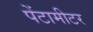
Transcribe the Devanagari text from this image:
पेंटामीटर